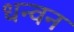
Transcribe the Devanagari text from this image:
धन्वन